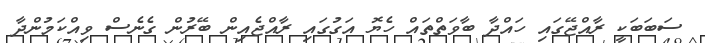
ސަބަބަކީ ރާއްޖޭގައި ހައްދާ ބާވަތްތައް ހެޔޮ އަގުގައި ރާއްޖެއިން ބޭރުން ގެނެސް ވިއްކަމުންދާ